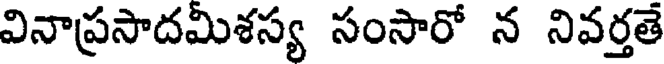
వినాప్రసాదమిశస్య సంసారో న నివర్తతే